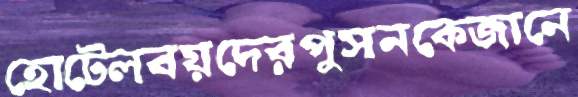
হোটেলবয়দেরপুসনকেজানে